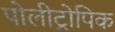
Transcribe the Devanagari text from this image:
पोलीट्रोपिक